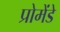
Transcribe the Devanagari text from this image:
प्रोमेंडे